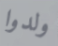
ولدوا